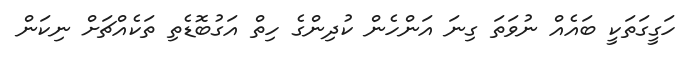
ހަގީގަތަކީ ބައެއް ނުވަތަ ގިނަ އަންހެން ކުދިންގެ ހިތް އަގުބޮޑެތި ތަކެއްޗަށް ނިކަން